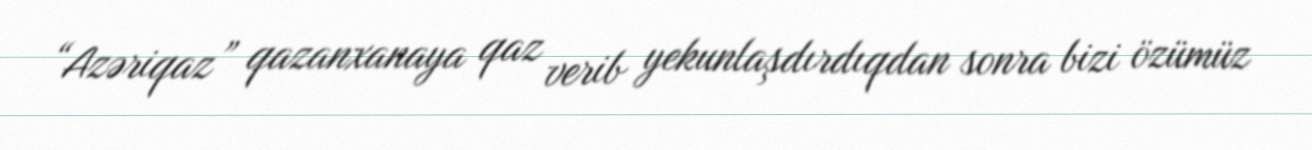
“Azəriqaz” qazanxanaya qaz verib yekunlaşdırdıqdan sonra bizi özümüz